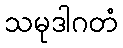
သမုဒါဂတံ